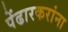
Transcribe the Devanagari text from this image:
पेंढारकरांना